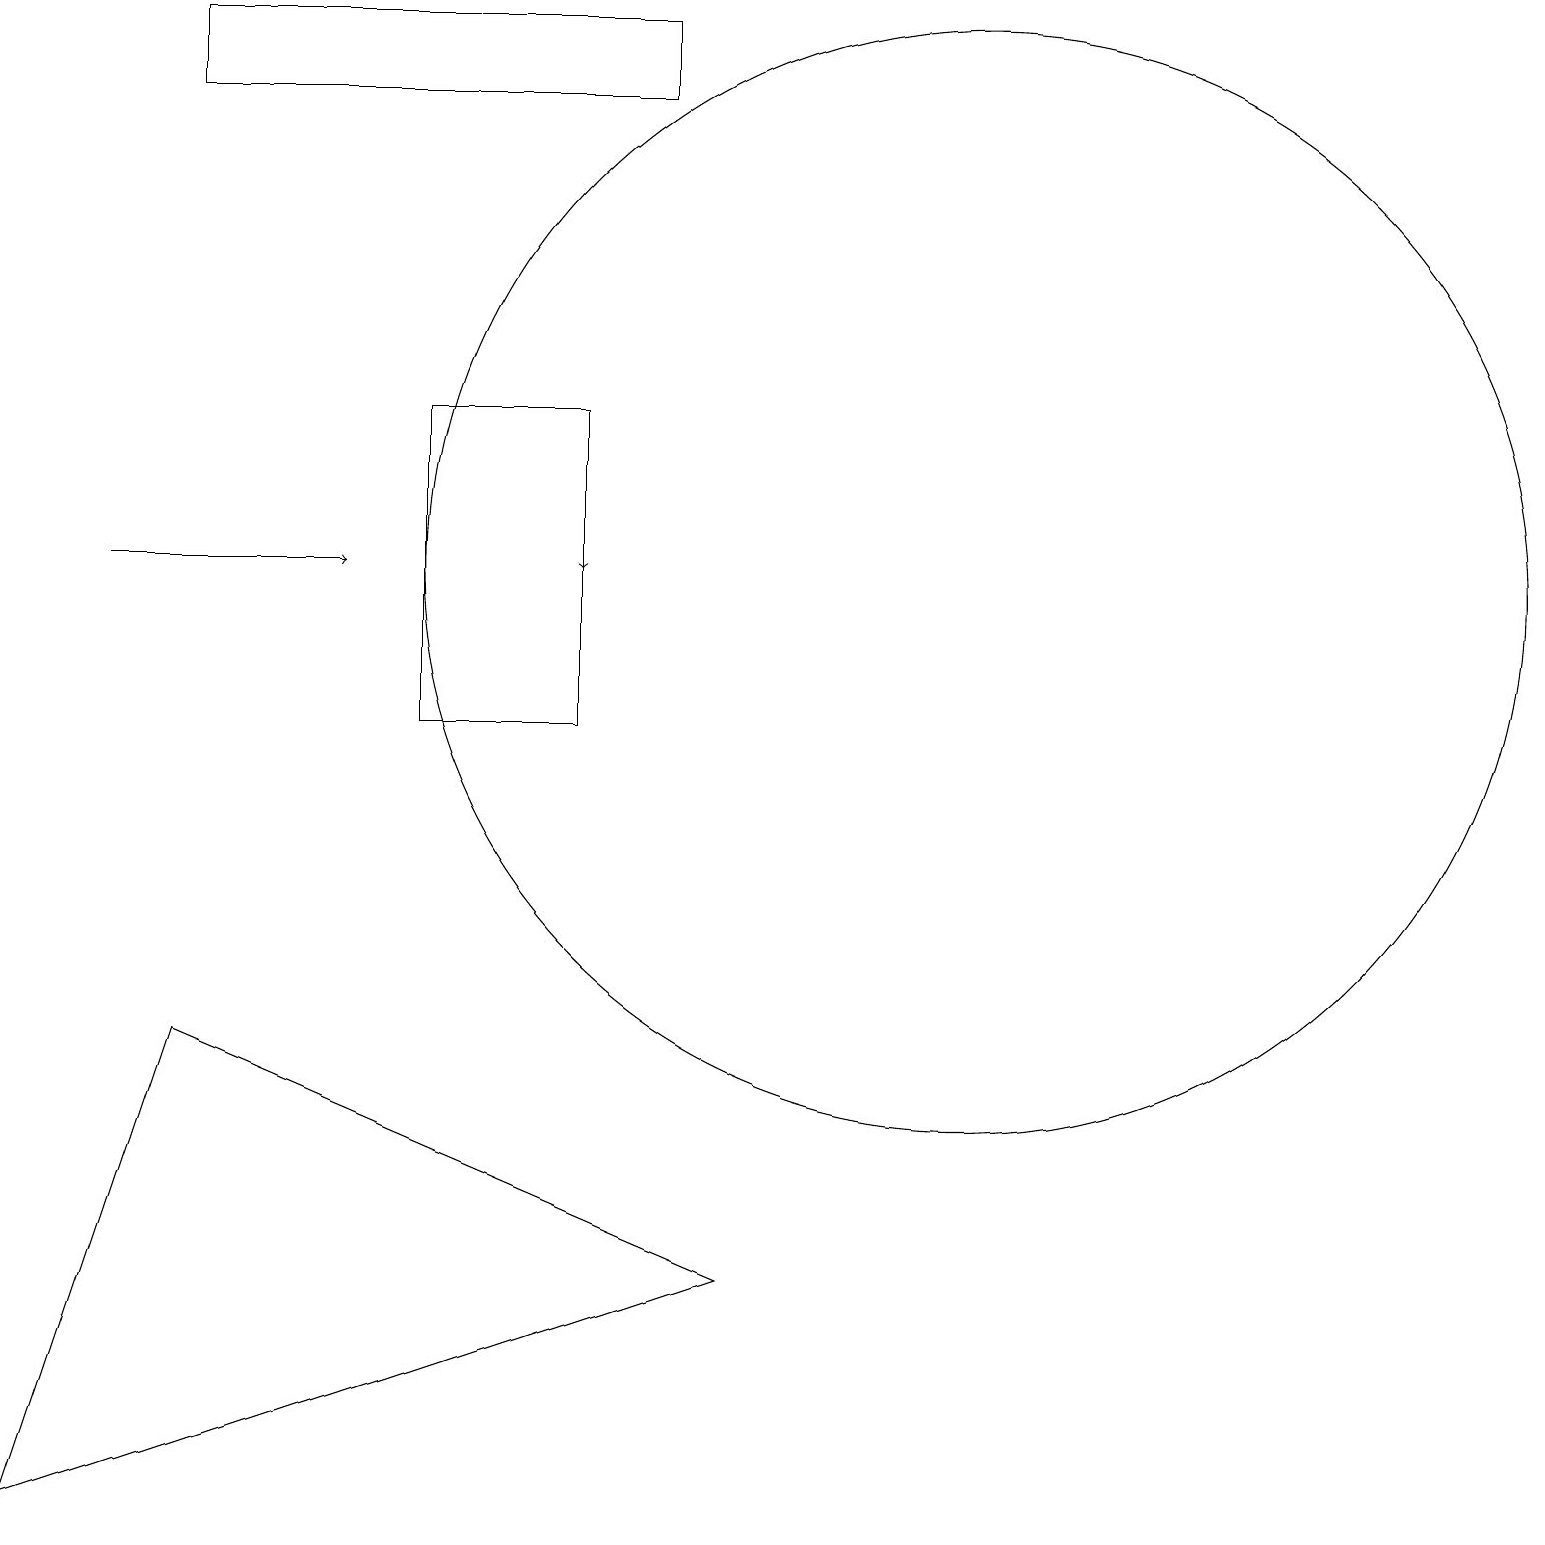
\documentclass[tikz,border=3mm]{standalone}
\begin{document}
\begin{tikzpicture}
\draw[->] (7,14) -- (7,12);
\draw (12,12) circle (7);
\draw (8,18) rectangle (2,19);
\draw (0,0) -- (2,6) -- (9,3) -- cycle;
\draw (5,10) rectangle (7,14);
\draw[->] (1,12) -- (4,12);
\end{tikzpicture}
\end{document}